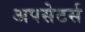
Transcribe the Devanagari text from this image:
अपसेटर्स